Bulletin of the Pasteur Institute of Southern India, Coonoor - No. 1.
Year: 1908
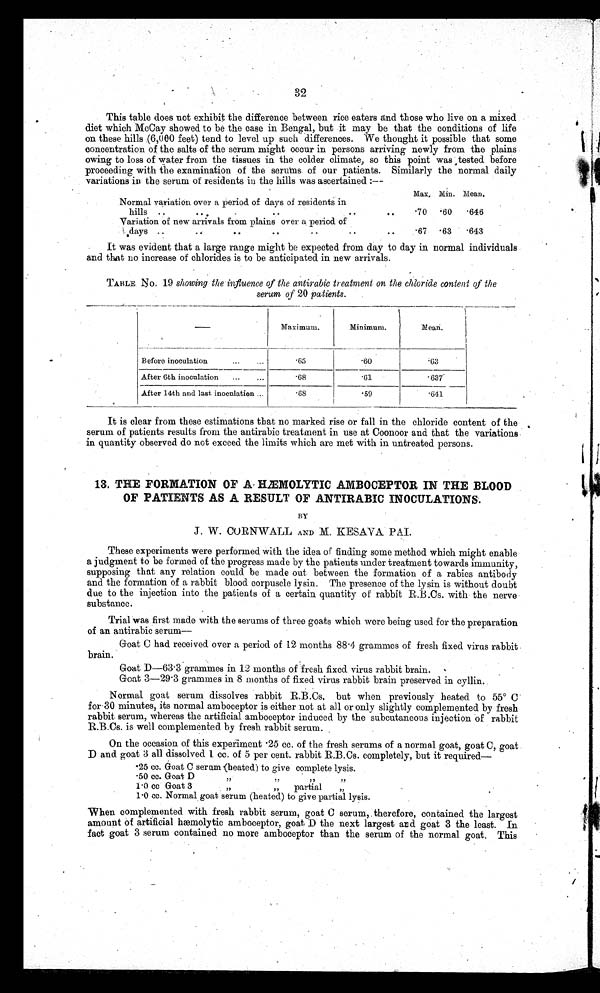
32
This table does not exhibit the difference between rice eaters and those who live on a mixed
diet which McCay showed to be the case in Bengal, but it may be that the conditions of life
on these hills 0,000 feet) tend to level up such differences. We thought it possible that some
concentration of the salts of the serum might occur in persons arriving newly from the plains
owing to loss of water from the tissues in the colder climate, so this point was tested before
proceeding with the examination of the serums. of our patients. Similarly the normal daily
variations in the serum of residents in the hills was ascertained :--
Max, Min. Mean.
Normal variation over a period of days of residents in
hills
· 70
· 6 0
· 6 4 6
Variation of new arrivals from plains over a period of
days
· 67
· 6 3
·643
It was evident that a large range might be expected from day to day in normal individuals
and that no increase of chlorides is to be anticipated in new arrivals.
TABLE No. 19 showing the influence of the antirabic treatment on the chloride content of the
serum of 20 patients.
Maximum.
Minimum.
M e a n .
Before inoculation...
...
·65
·60
·63
After 6th inoculation
...
·68
·41
·637
After 14th and last inoculation ..
·68
· 5 9
·641
It is clear from these estimations that no marked rise or fall in the chloride content of the
serum of patients results from the antirabic treatment in use at Coonoor and that the variations
in quantity observed do not exceed the limits which are met with in untreated persons.
13. THE FORMATION OF A. HEMOLYTIC AMBOCEPTOR IN THE BLOOD
OF PATIENTS AS A RESULT OF ANTIRABIC INOCULATIONS'.
BY
J. W. CORNWALL AND M. KESAVA PAI.
These experiments were performed with the idea of finding some method which might enable
a judgment to be formed of the progress made by the patients under treatment towards immunity,
supposing that any relation could be made out between the formation of a rabies antibody
and the formation of a rabbit blood corpuscle lysin. The presence of the lysin is without doubt
due to the injection into the patients of a certain quantity of rabbit R.B.Cs. with the nerve
substance.
Trial was first made with the serums of three goats which were being used for the preparation
of an antirabic serum
Goat C had received over a period of 12 months 88.4 grammes of fresh fixed virus rabbit
brain.
Goat D-63·3 grammes in 12 months of fresh fixed virus rabbit brain.
Goat 3-29·3 grammes in 8 months of fixed virus rabbit brain preserved in cyllin.
Normal goat serum dissolves rabbit R.B.Cs. but when previously heated to 55° C
for-30 minutes, its normal amboceptor is either not at all or only slightly complemented by fresh
rabbit serum, whereas the artificial amboceptor induced by the subcutaneous injection of rabbit
R.B.Cs. is well complemented by fresh rabbit serum.
On the occasion of this experiment ·25 cc. of the fresh serums of a normal goat, goat C, goat
D and goat 3 all dissolved 1 cc, of 5 per cent. rabbit R.B.Cs. completely, but it required--
*25 cc. Goat C serum (heated) to give complete lysis.
50 cc. Goat D
"
"
"
"
1·0 cc Goat 3
"
"
partial
"
1·0 cc_ Normal goat serum (heated) to give partial lysis.
When complemented with fresh rabbit serum, goat C serum, therefore, contained the largest
amount of artificial hæmolytic amboceptor, goat D the next largest and goat 3 the least. In
fact goat 3 serum contained no more amboceptor than the serum of the normal goat. This